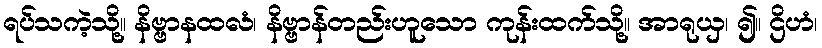
ရပ်သကဲ့သို့။ နိဗ္ဗာနထလံ၊ နိဗ္ဗာန်တည်းဟူသော ကုန်းထက်သို့။ အာရုယှ၊ ၍။ ဌိဟံ၊